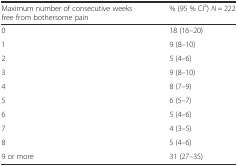
<table><thead><tr><td><b>Maximum number of consecutive weeks free from bothersome pain</b></td><td><b>% (95 % CI<sup>a</sup>) <i>N</i> = 222</b></td></tr></thead><tbody><tr><td>0</td><td>18 (16–20)</td></tr><tr><td>1</td><td>9 (8–10)</td></tr><tr><td>2</td><td>5 (4–6)</td></tr><tr><td>3</td><td>9 (8–10)</td></tr><tr><td>4</td><td>8 (7–9)</td></tr><tr><td>5</td><td>6 (5–7)</td></tr><tr><td>6</td><td>5 (4–6)</td></tr><tr><td>7</td><td>4 (3–5)</td></tr><tr><td>8</td><td>5 (4–6)</td></tr><tr><td>9 or more</td><td>31 (27–35)</td></tr></tbody></table>